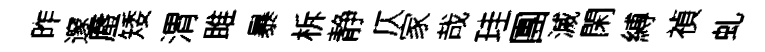
昨邃蜃矮渭雎暴柝静仄家哉珪團滅閑縛禎虬